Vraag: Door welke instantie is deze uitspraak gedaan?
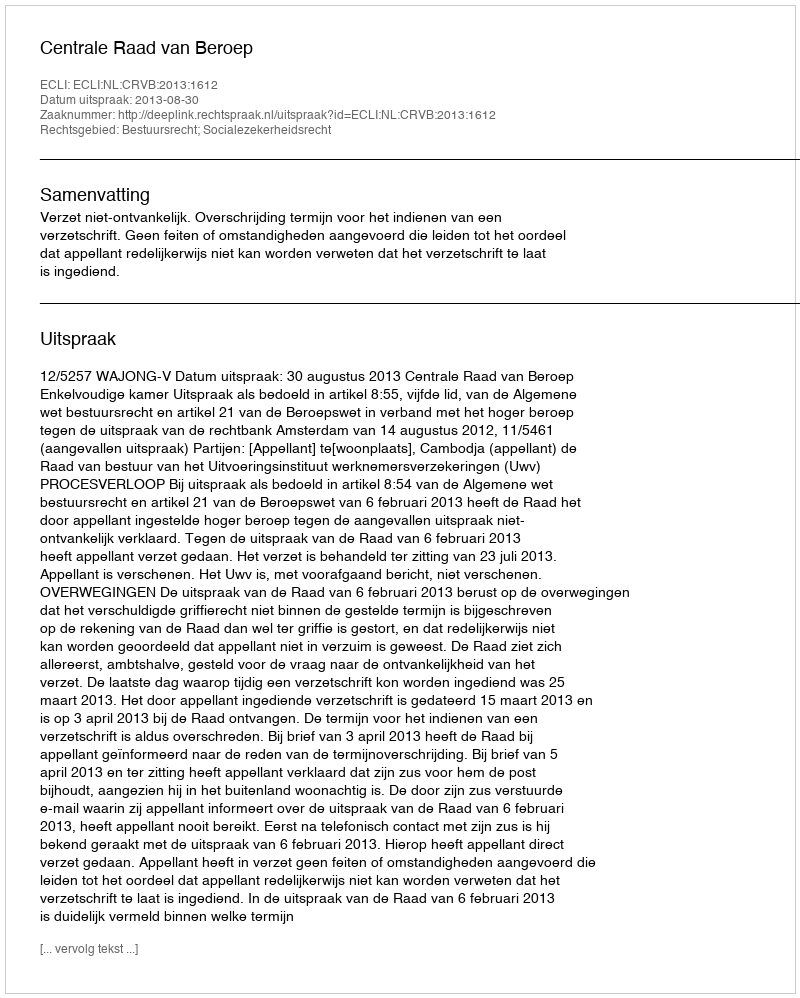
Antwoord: Centrale Raad van Beroep